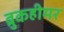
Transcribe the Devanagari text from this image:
ब्रुकहीमर